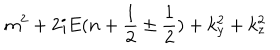
LaTeX: m ^ { 2 } + 2 i E ( n + { \frac { 1 } { 2 } } \pm { \frac { 1 } { 2 } } ) + k _ { y } ^ { 2 } + k _ { z } ^ { 2 }